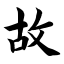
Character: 故